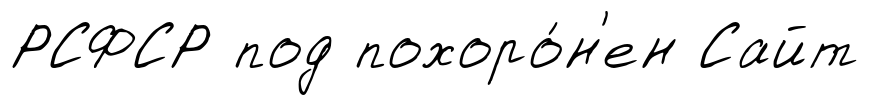
РСФСР под похоро́н'ен Сайт